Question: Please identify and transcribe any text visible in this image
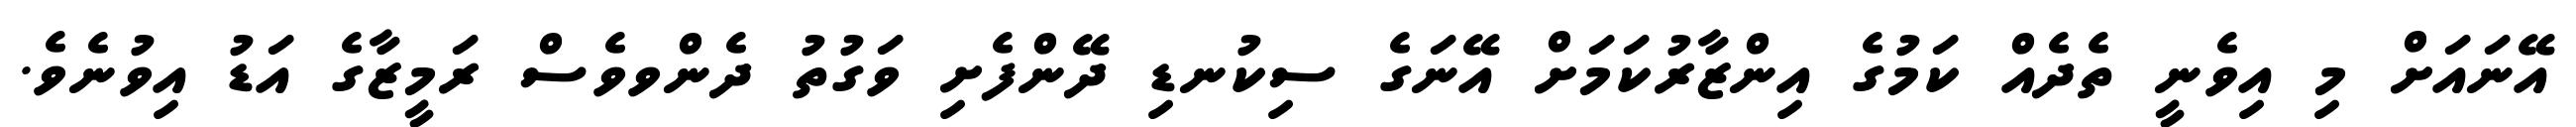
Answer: އޭނައަށް މި އިވެނީ ތެދެއް ކަމުގެ އިންޒާރުކަމަށް އޭނަގެ ސިކުނޑި ދޭންފެށި ވަގުތު ދެންވވެސް ރަމީޒާގެ އަޑު އިވުނެވެ.